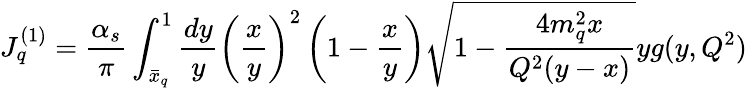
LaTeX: J_{q}^{(1)}={\frac{\alpha_{s}}{\pi}}\int_{\bar{x}_{q}}^{1}{\frac{dy}{y}}\left({\frac{x}{y}}\right)^{2}\left(1-{\frac{x}{y}}\right)\sqrt{1-{\frac{4m_{q}^{2}x}{Q^{2}(y-x)}}}yg(y,Q^{2})